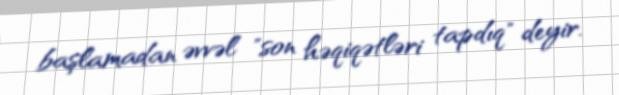
başlamadan əvvəl "son həqiqətləri tapdıq" deyir.